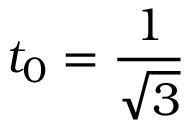
t _ { 0 } = { \frac { 1 } { \sqrt { 3 } } }